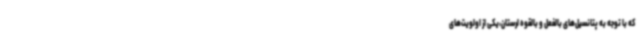
که با توجه به پتانسیل‌های بالفعل و بالقوه لرستان،یکی از اولویت‌های